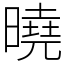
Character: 曉